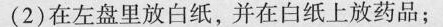
(2)在左盘里放白纸，并在白纸上放药品；